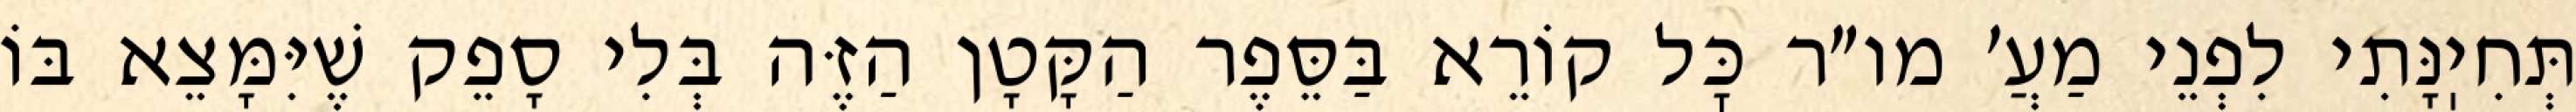
תְּחִיֽנָּתִי לִפְנֵי מַעֲ׳ מו״ר כׇּל קוֹרֵא בַּסֵּפֶר הַקָּטָן הַזֶּה בְּלִי סָפֵק שֶׁיִּמָּצֵא בּוֹ